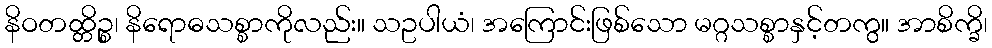
နိဝတထ္တိဉ္စ၊ နိရောဓသစ္စာကိုလည်း။ သဥပါယံ၊ အကြောင်းဖြစ်သော မဂ္ဂသစ္စာနှင့်တကွ။ အာစိက္ခိ၊